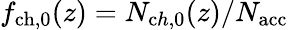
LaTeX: f_{\mathrm{ch,0}}(z)=N_{\mathrm ch,0}(z)/N_{\mathrm{acc}}